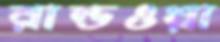
রান্ডওয়া